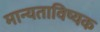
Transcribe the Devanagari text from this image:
मान्यताविष्यक